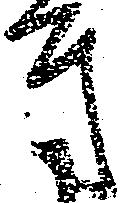
方